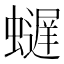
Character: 𫋢